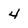
Character: 4